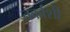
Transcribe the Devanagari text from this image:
तर्काशी